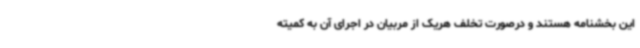
این بخشنامه هستند و درصورت تخلف هریک از مربیان در اجرای آن به کمیته